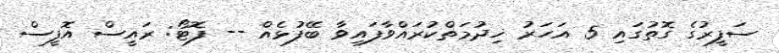
ސަފީރުގެ ގޮތުގައި 5 އަހަރު ޚިދުމަތްކުރައްވާފައިވާ ބޭފުޅެއް -- ފޮޓޯ: ރައީސް އޮފީސް